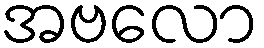
အဗလော